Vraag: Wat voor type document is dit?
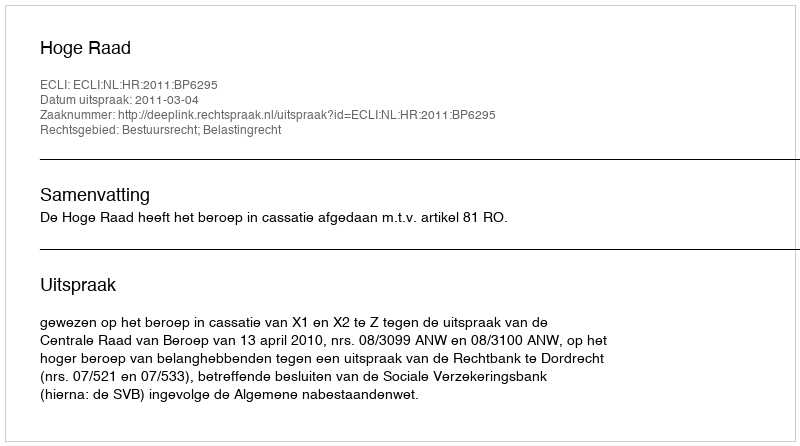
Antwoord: Uitspraak